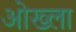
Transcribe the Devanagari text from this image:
ओख्ला